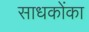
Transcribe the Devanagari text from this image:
साधकोंका